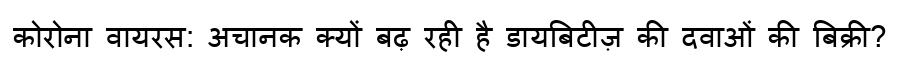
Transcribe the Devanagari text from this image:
कोरोना वायरस: अचानक क्यों बढ़ रही है डायबिटीज़ की दवाओं की बिक्री?